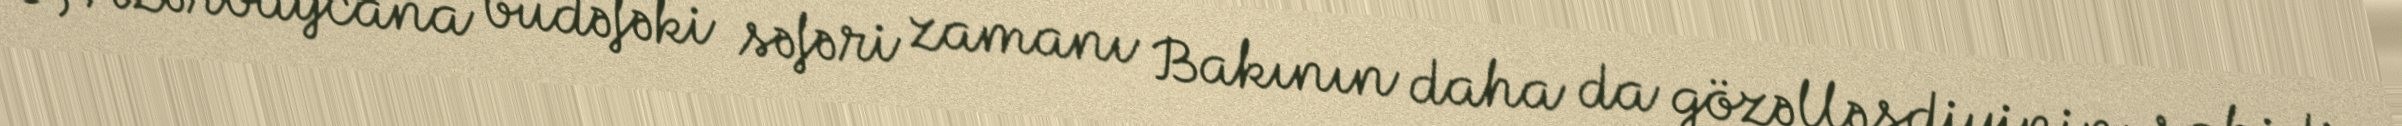
O, Azərbaycana budəfəki səfəri zamanı Bakının daha da gözəlləşdiyinin şahidi